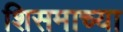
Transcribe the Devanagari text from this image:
शिसमाच्या